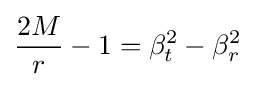
{\frac {2M}{r}}-1=\beta _{t}^{2}-\beta _{r}^{2}